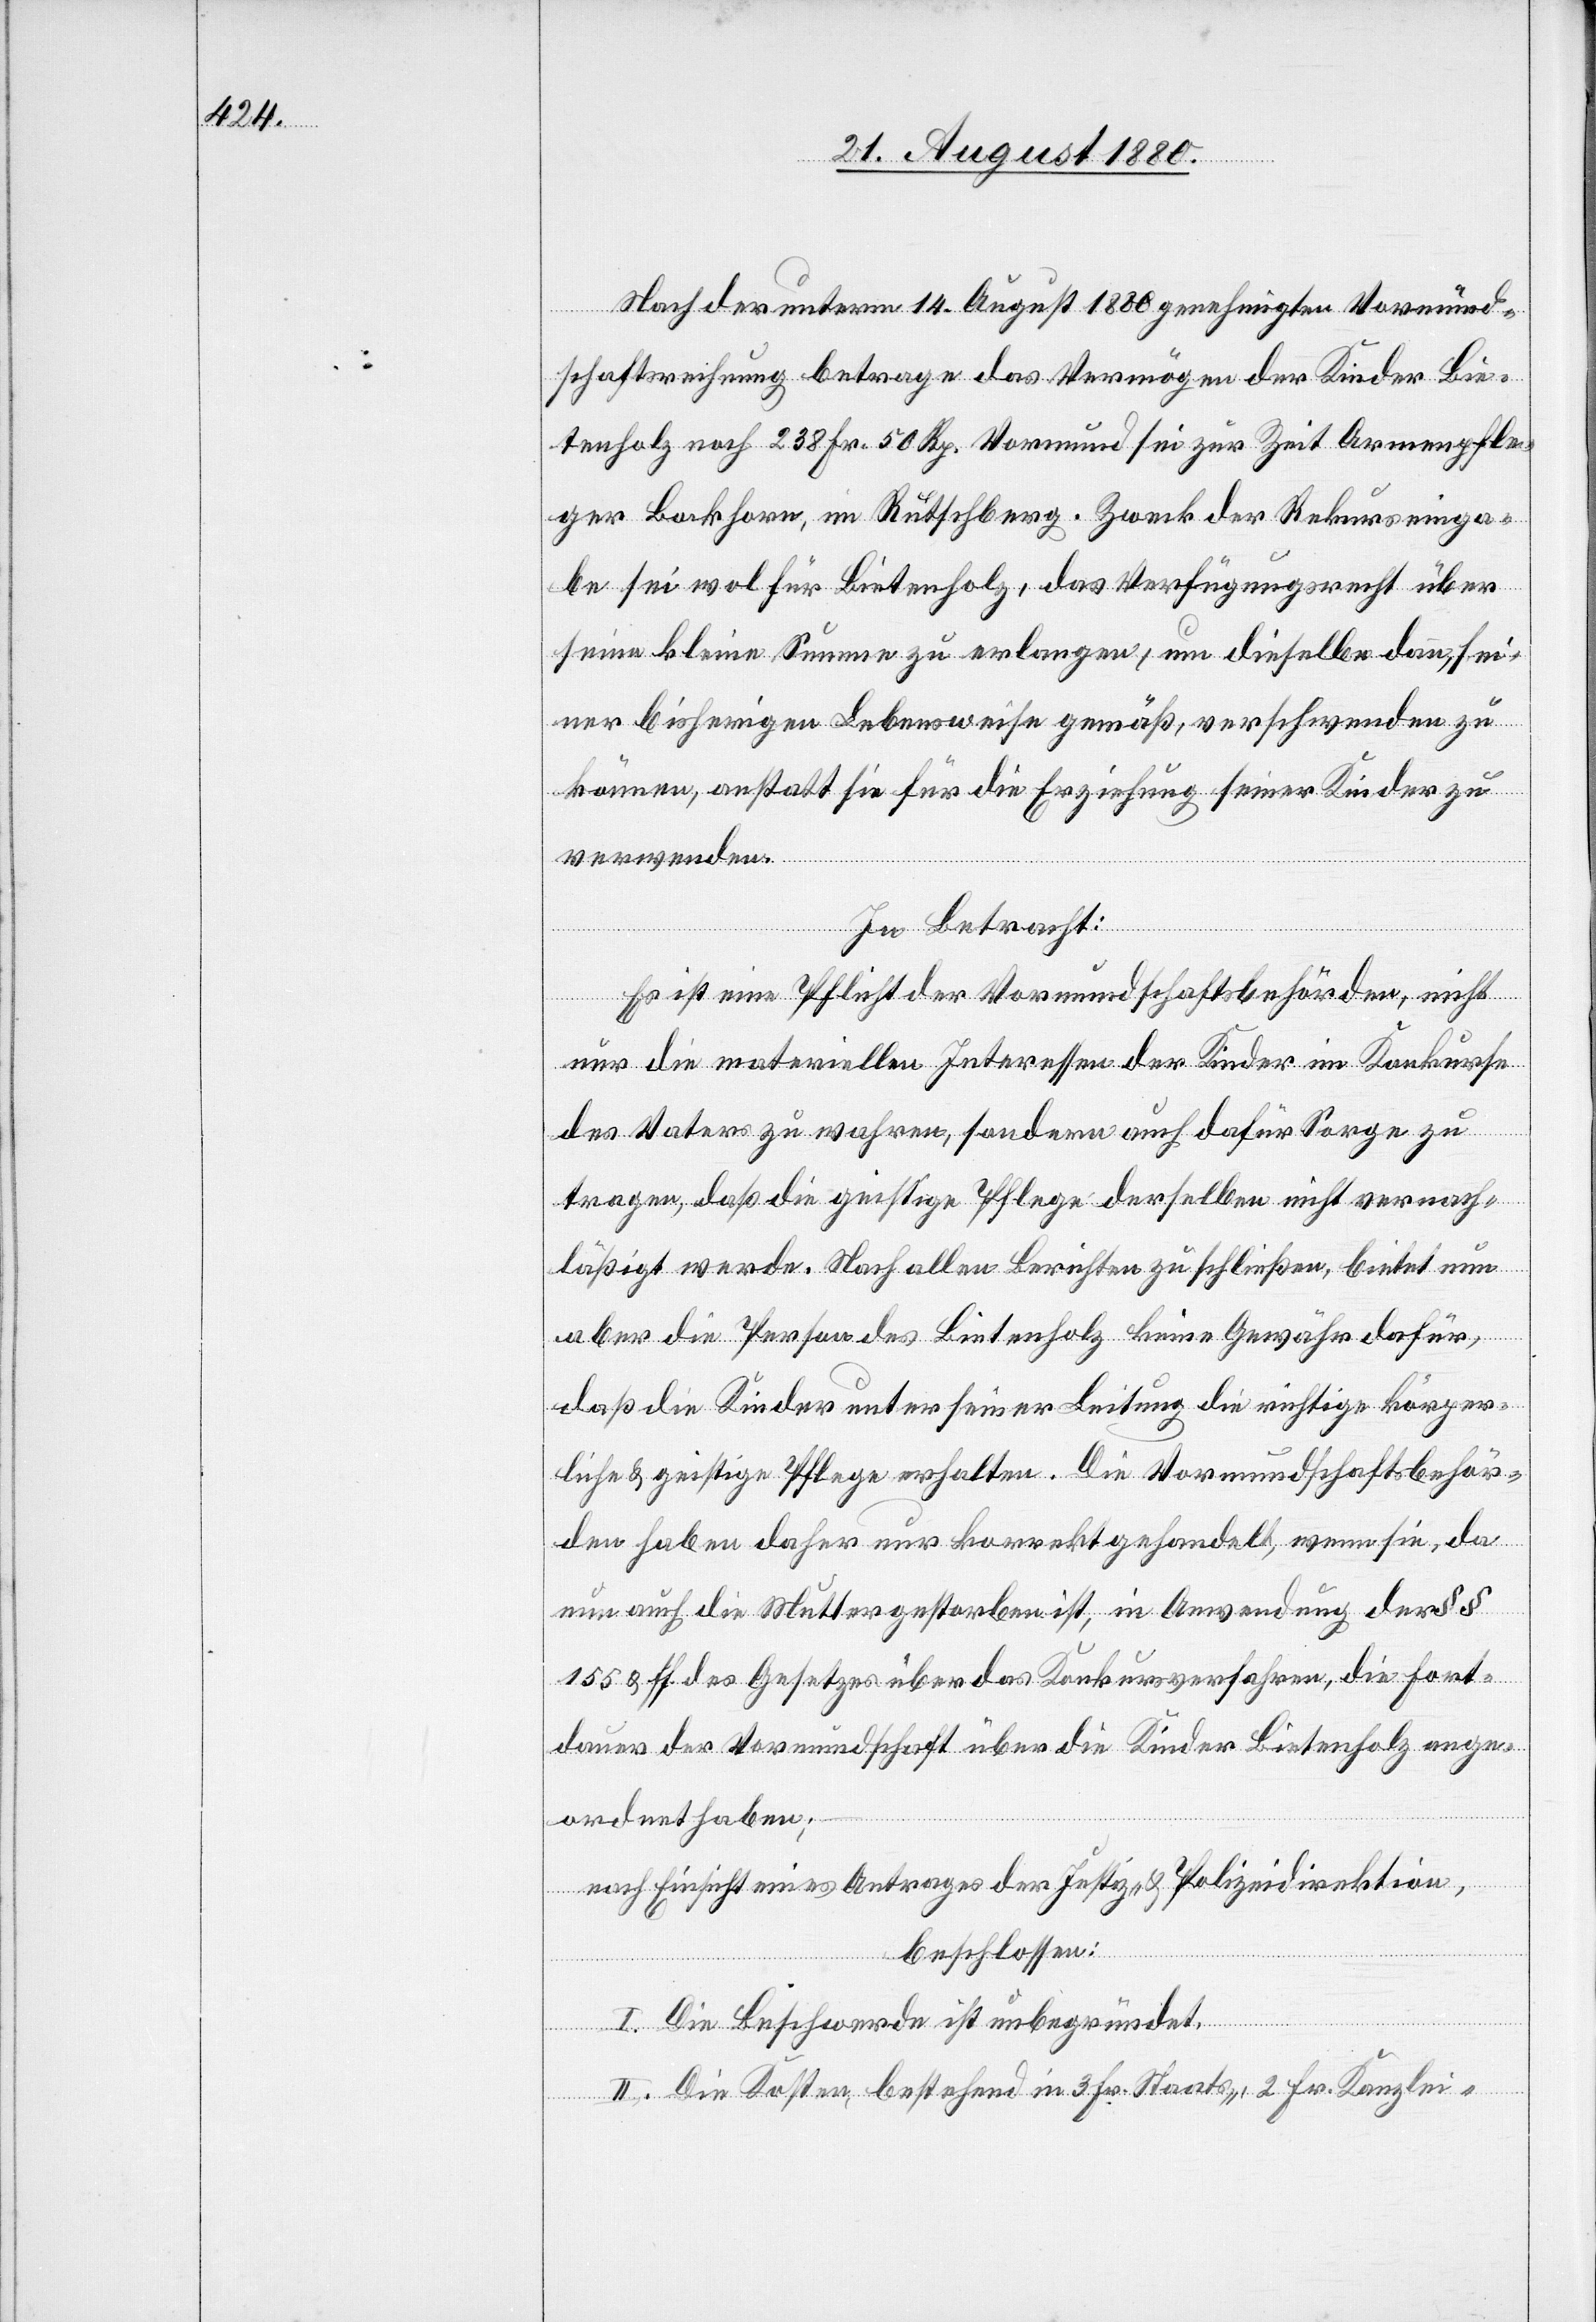
Nach der unterm 14. August 1880 genehmigten Vormund¬
schaftsrechnung betrage das Vermögen der Kinder Bie¬
tenholz noch 238 Fr. 50 Rp. Vormund sei zur Zeit Armenpfle¬
ger Bockhorn, im Rutschberg. Zweck der Rekurseinga¬
be sei wol für Bietenholz, das Verfügungsrecht über
seine kleine Summe zu erklangen, um dieselbe dann, sei¬
ner bisherigen Lebensweise gemäß, verschwenden zu
können, anstatt sie für die Erziehung seiner Kinder zu
verwenden.
In Betracht:
Es ist eine Pflicht Vormundschaftsbehörden, nicht
nur die materillen Interessen der Kinder im Konkurse
des Vaters zu wahren, sondern auch dafür Sorge zu
tragen, daß die geistige Pflege derselben nicht vernach¬
läßigt werde. Nach allen Berichten zu schließen, bietet nun
aber die Person des Bietenholz keine Gewähr dafür,
daß die Kinder unter seiner Leitung die richtige körper¬
liche & geistige Pflege erhalten. Die Vormundschaftsbehör¬
den haben daher nur korrekt gehandelt, wenn sie, da
nun auch die Mutter gestorben ist, in Anwendung der § §
155 & ff. des Gesetzes über das Konkursverfahren, die Fort¬
dauer der Vormundschaft über die Kinder Bietenholz ange¬
ordnet haben;
nach Einsicht eines Antrages der Justiz- & Polizeidirektion,
beschlossen:
I. Die Beschwerde ist unbegründet.
II. Die Kosten, bestehend in 3 Fr. Staats-, 2 Fr. Kanzlei-